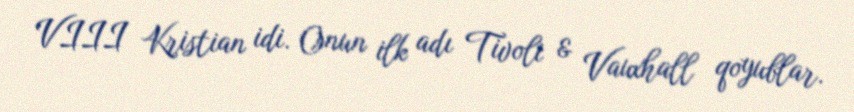
VIII Kristian idi. Onun ilk adı Tivoli & Vauxhall qoyublar.